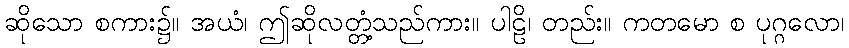
ဆိုသော စကား၌။ အယံ၊ ဤဆိုလတ္တံ့သည်ကား။ ပါဠိ၊ တည်း။ ကတမော စ ပုဂ္ဂလော၊